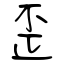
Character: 歪